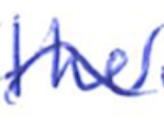
Text: the
Cross-out: wave
Writing tool: ballpoint